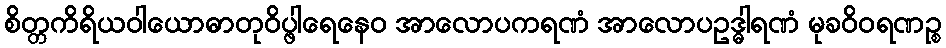
စိတ္တကိရိယဝါယောဓာတုဝိပ္ဖါရေနေဝ အာလောပကရဏံ အာလောပဥဒ္ဓါရဏံ မုခဝိဝရဏဉ္စ